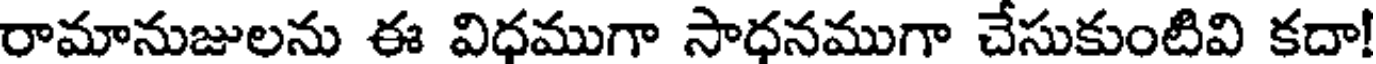
రామానుజులను ఈ విధముగా సాధనముగా చేసుకుంటివి కదా!